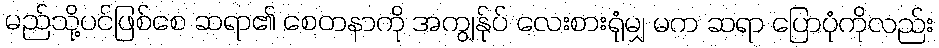
မည်သို့ပင်ဖြစ်စေ ဆရာ၏ စေတနာကို အကျွန်ုပ် လေးစားရုံမျှ မက ဆရာ ပြောပုံကိုလည်း